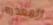
المعذره